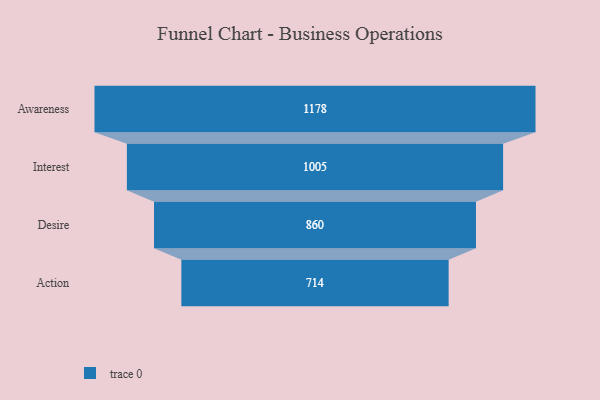
{"axis": {"x": "Stage", "y": "Value"}, "legend": [""], "data": [{"x": "Awareness", "y": 1178.0, "type": ""}, {"x": "Interest", "y": 1005.0, "type": ""}, {"x": "Desire", "y": 860.0, "type": ""}, {"x": "Action", "y": 714.0, "type": ""}]}